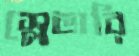
স্লেভারি